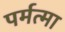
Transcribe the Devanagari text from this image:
पर्मत्मा